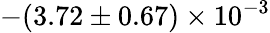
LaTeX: -(3.72\pm 0.67)\times 10^{-3}